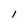
Character: 1